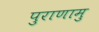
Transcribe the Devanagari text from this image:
पुराणामु